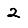
Digit: 2